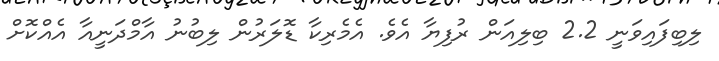
ލިބިފައިވަނީ 2.2 ބިލިއަން ރުފިޔާ އެވެ. އެމެރިކާ ޑޮލަރުން ލިބުނު އާމްދަނީއާ އެއްކޮށް